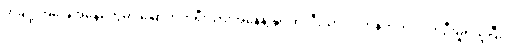
တချို့ အခြေအနေတွေမှာ မြောက်ကိုရီးယားအနေနဲ့ နျူကလီးယားလက်နက်ကို လက်ဦးမှုရယူပြီး